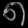
Digit: ၈